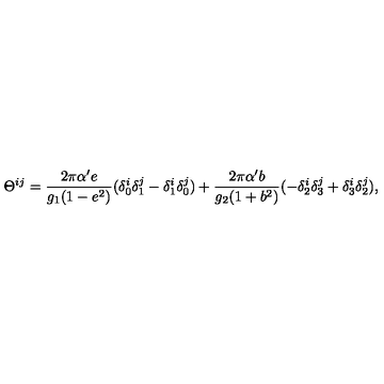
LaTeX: \Theta ^ { i j } = \frac { 2 \pi \alpha ^ { \prime } e } { g _ { 1 } ( 1 - e ^ { 2 } ) } ( \delta _ { 0 } ^ { i } \delta _ { 1 } ^ { j } - \delta _ { 1 } ^ { i } \delta _ { 0 } ^ { j } ) + \frac { 2 \pi \alpha ^ { \prime } b } { g _ { 2 } ( 1 + b ^ { 2 } ) } ( - \delta _ { 2 } ^ { i } \delta _ { 3 } ^ { j } + \delta _ { 3 } ^ { i } \delta _ { 2 } ^ { j } ) ,